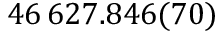
4 6 \, 6 2 7 . 8 4 6 ( 7 0 )